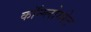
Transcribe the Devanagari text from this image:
कॉन्ग्लोमरेट